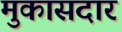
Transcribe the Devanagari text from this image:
मुकासदार